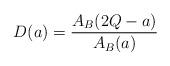
LaTeX: \begin{align*}D(a)=\frac{A_B(2Q-a)}{A_B(a)} \end{align*}